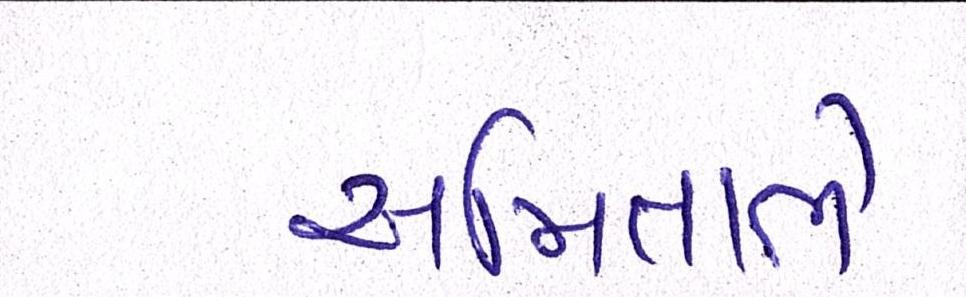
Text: અમિતાભે